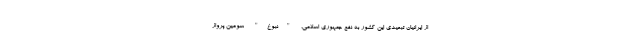
از ایرانیان تبعیدی این کشور به نفع جمهوری اسلامی، "نبوغ" سومین پرواز